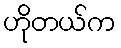
ဟိုတယ်က